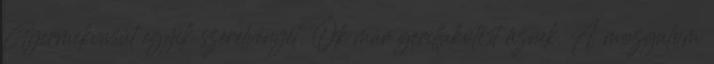
Gyermekvasút egyik szerelvényét. Ők már gerillakötést űznek. A mozgalom